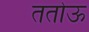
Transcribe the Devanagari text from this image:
ततोऊ